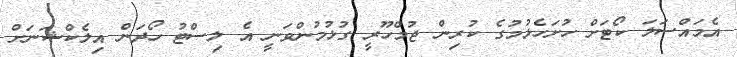
އެމައްސަލަ ކޯޓަށް ހުށަހެޅުމުގެ ކުރިން ޖުމްހޫރީ ގުޅުމުންވަނީ އެ ލިސްޓު ހޯދަން އިލެކްޝަނަށް